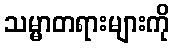
သမ္မာတရားများကို